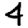
Digit: 4